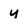
Character: y